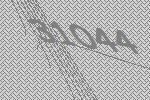
31044